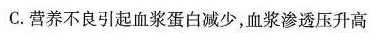
C.营养不良引起血浆蛋白减少，血浆渗透压升高